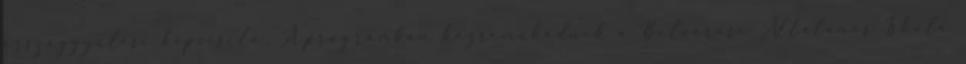
országgyűlési képviselő. A programban közreműködnek a Belvárosi Általános Iskola